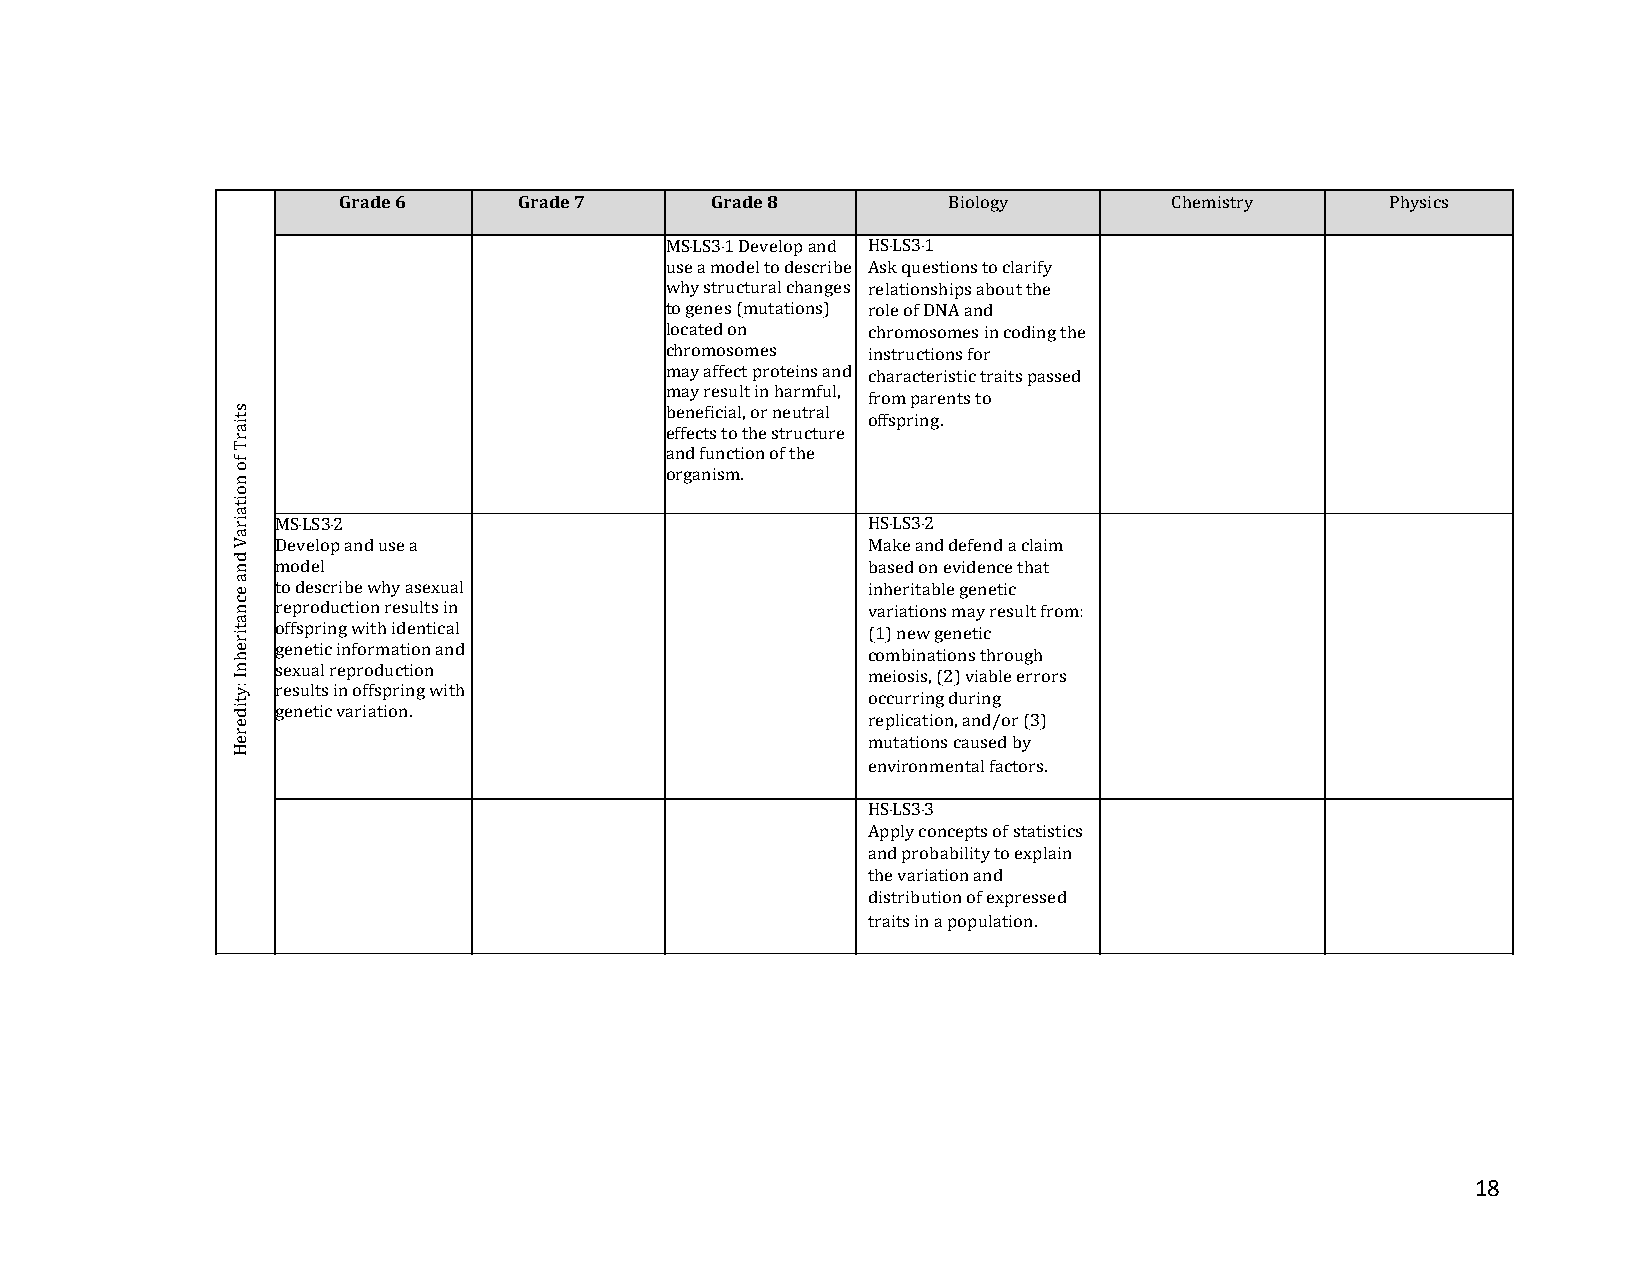
Grade 6     Grade 7      Grade 8         Biology        Chemistry     Physics
 MS‐LS3‐1Developand HS‐LS3‐1
 use a model to describe Ask questions to clarify
 why structural changes relationships about the
 to genes (mutations) role of DNA and
 located on   chromosomes in coding the
 chromosomes  instructions for
 may affect proteins and characteristic traits passed
 may result in harmful,
 from parents to
 beneficial, or neutral
 offspring.
 effects to the structure
 and function of the
 organism.
 MS‐LS3‐2                               HS‐LS3‐2
 Develop and use a                      Make and defend a claim
 model                                  based on evidence that
 to describe why asexual                inheritable genetic
 reproduction results in                variations may result from:
 offspring with identical               (1) new genetic
 genetic information and                combinations through
 sexual reproduction
 meiosis, (2) viable errors
 results in offspring with
 occurring during
 genetic variation.
 replication, and/or (3)
 mutations caused by
 environmental factors.
 HS‐LS3‐3
 Apply concepts of statistics
 and probability to explain
 the variation and
 distribution of expressed
 traits in a population.
 18
 stiarT
 fo
 noitairaV
 dna
 ecnatirehnI
 :ytidereH